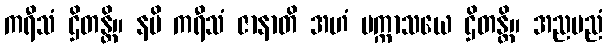
ကရီသံ ဌိတန္တိ။ နပိ ကရီသံ ဇာနာတိ အဟံ ပက္ကာသယေ ဌိတန္တိ။ အညမညံ